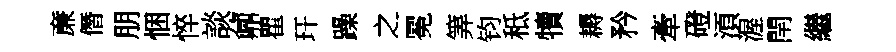
亷僭朋悃悴談鼐瞿玕躁之冕筭钧秪犢耨矜牽磴湏渥閈繼